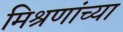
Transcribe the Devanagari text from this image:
मिश्रणांच्या